Children and Young Persons (Scotland) Act, 1932. Employment of children, 1932
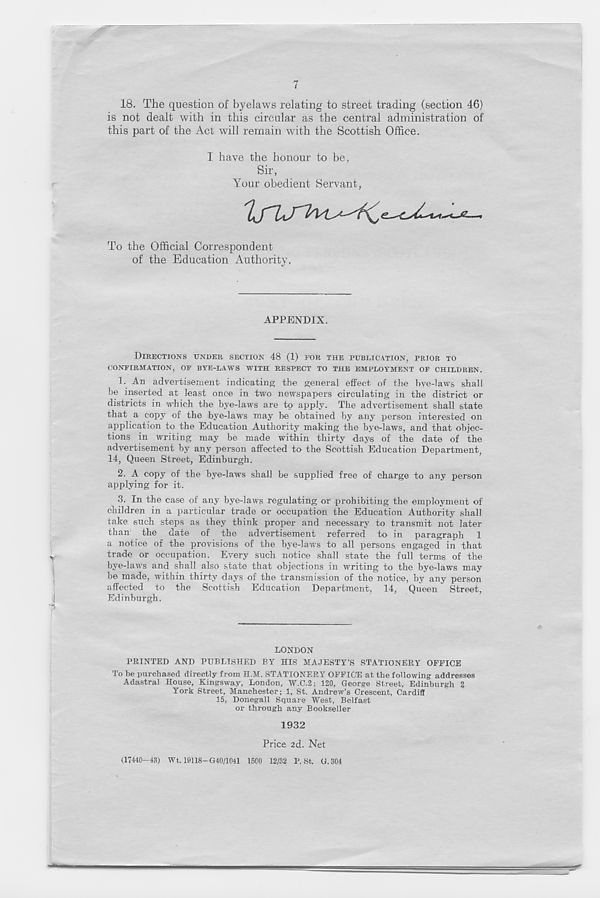
7
18. The question of byelaws relating to street trading (section 46)
is not dealt with in this circular as the central administration of
this part of the Act will remain with the Scottish Office.
I have the honour to be,
Sir,
Your obedient Servant,
To the Official Correspondent
of the Education Authority.
APPENDIX.
DIRECTIONS UNDER SECTION 48 (1) FOR THE PUBLICATION, PRIOR TO
CONFIRMATION, OF BYE-LAWS WITH RESPECT TO THE EMPLOYMENT OF CHILDREN.
1. An advertisement indicating the general effect of the bye-laws shall
be inserted at least once in two newspapers circulating in the district or
districts in which the bye-laws are to apply. The advertisement shall state
that a copy of the bye-laws may be obtained by any person interested on
application to the Education Authority making the bye-laws, and that objec-
tions in writing may be made within thirty days of the date of the
advertisement by any person affected to the Scottish Education Department,
14, Queen Street, Edinburgh.
2. A copy of the bye-laws shall be supplied free of charge to any person
applying for it.
3. In the case of any bye-laws regulating or prohibiting the employment of
children in a particular trade or occupation the Education Authority shall
take such steps as they think proper and necessary to transmit not later
than the date of the advertisement referred to in paragraph 1
a notice of the provisions of the bye-laws to all persons engaged in that
trade or occupation. Every such notice shall state the full terms of the
bye-laws and shall also state that objections in writing to the bye-laws may
be made, within thirty days of the transmission of the notice, by any person
affected to the Scottish Education Department, 14, Queen Street,
Edinburgh.
LONDON
PRINTED AND PUBLISHED BY HIS MAJESTY’S STATIONERY OFFICE
To be purchased directly from H.M. STATIONERY OFFICE at the following addresses
Adastral House, Kingsway, London, W.C.2; 120, George Street, Edinburgh 2
York Street, Manchester; 1, St. Andrew’s Crescent, Cardiff
15, Donegall Square West, Belfast
or through any Bookseller
1932
Price ad. Net
(17440—43) Wt. 19U8-G40/1041 1500 12/32 P. St. G.304